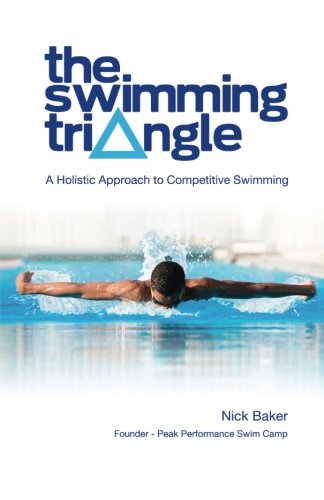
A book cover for The Swimming Triangle: A Holistic Approach to Competitive Swimming; Nick Baker; Health, Fitness & Dieting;